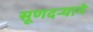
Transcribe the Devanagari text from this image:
सूणदर्‍याने